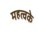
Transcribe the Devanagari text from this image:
महत्वके